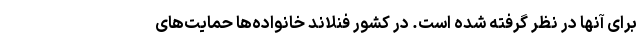
برای آنها در نظر گرفته شده است. در کشور فنلاند خانواده‌ها حمایت‌های